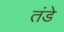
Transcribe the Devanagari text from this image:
तंडे